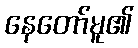
နေတော်မူ၏